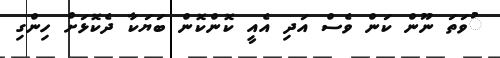
ުވަތަ ނޫން ކަން ވެސް އަދި އެއީ ކޮންކޮން ބަޔަކާ ދެކޮޅަށް ހިންގި